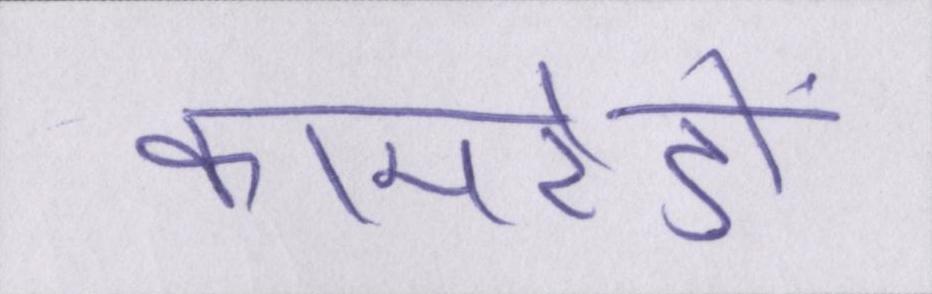
कामरेडों